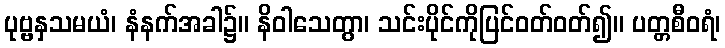
ပုဗ္ဗနှသမယံ၊ နံနက်အခါ၌။ နိဝါသေတွာ၊ သင်းပိုင်ကိုပြင်ဝတ်ဝတ်၍။ ပတ္တစီဝရံ၊